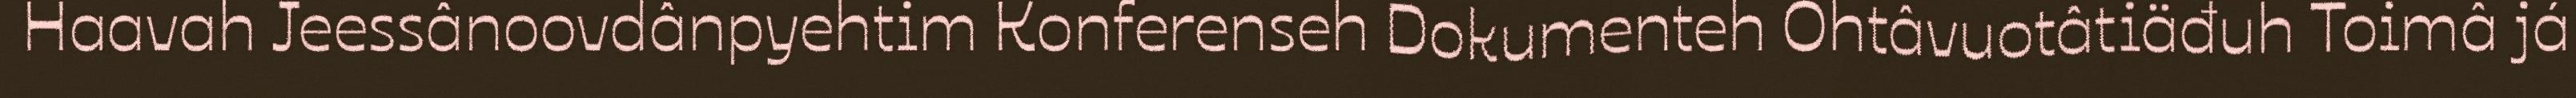
Haavah Jeessânoovdânpyehtim Konferenseh Dokumenteh Ohtâvuotâtiäđuh Toimâ já